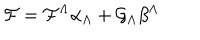
LaTeX: { \cal F } = { \cal F } ^ { \Lambda } \alpha _ { \Lambda } + { \cal G } _ { \Lambda } \beta ^ { \Lambda }